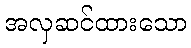
အလှဆင်ထားသော